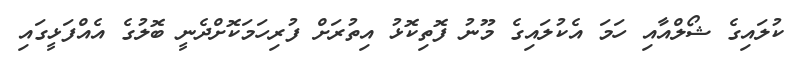
ކުލައިގެ ޝޯލްއާއި ހަމަ އެކުލައިގެ މޫނު ފޮތިކޮޅު އިތުރަށް ފުރިހަމަކޮށްދެނީ ބޮލުގެ އެއްފަޅީގައި